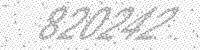
Solution: 820242